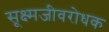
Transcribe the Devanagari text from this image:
सूक्ष्मजीवरोधक